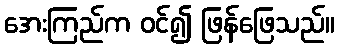
အေးကြည်က ဝင်၍ ဖြန်ဖြေသည်။